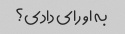
به او رای دادی؟